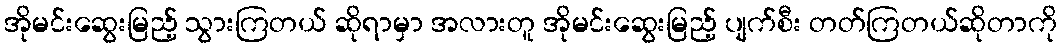
အိုမင်းဆွေးမြည့် သွားကြတယ် ဆိုရာမှာ အလားတူ အိုမင်းဆွေးမြည့် ပျက်စီး တတ်ကြတယ်ဆိုတာကို